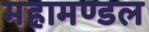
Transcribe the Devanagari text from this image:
महामण्‍डल